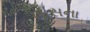
ખાસના